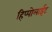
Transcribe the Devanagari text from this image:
हिप्पोलाईट